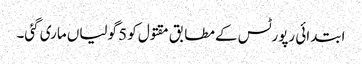
ابتدائی رپورٹس کے مطابق مقتول کو 5 گولیاں ماری گئی۔